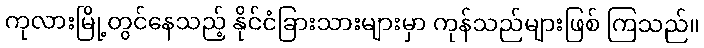
ကုလားမြို့တွင်နေသည့် နိုင်ငံခြားသားများမှာ ကုန်သည်များဖြစ် ကြသည်။